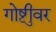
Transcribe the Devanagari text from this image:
गोष्टीुवर